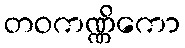
တဝကဏ္ဏိကော